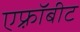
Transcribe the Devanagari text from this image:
एफ़्रॉबीट